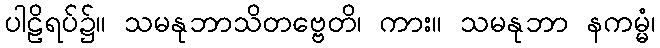
ပါဠိရပ်၌။ သမနုဘာသိတဗ္ဗေတိ၊ ကား။ သမနုဘာ နကမ္မံ၊